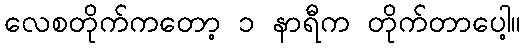
လေစတိုက်ကတော့ ၁ နာရီက တိုက်တာပေါ့။